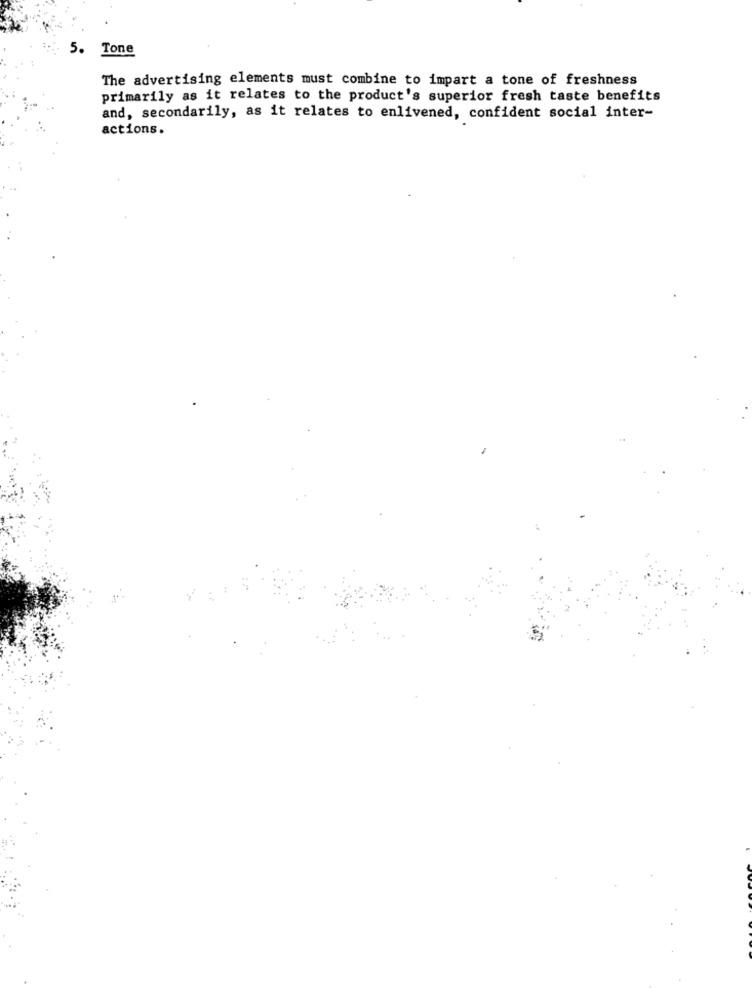
5. Tone
The advertising elements must combine to impart a tone of freshness
primarily as it relates to the product's superior fresh taste benefits
and, secondarily, as it relates to enlivened, confident social inter-
actions.